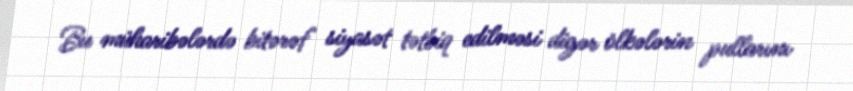
Bu müharibələrdə bitərəf siyasət tətbiq edilməsi digər ölkələrin pullarını